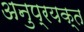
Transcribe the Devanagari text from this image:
अनुप्रयक्त